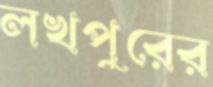
লখপুরের